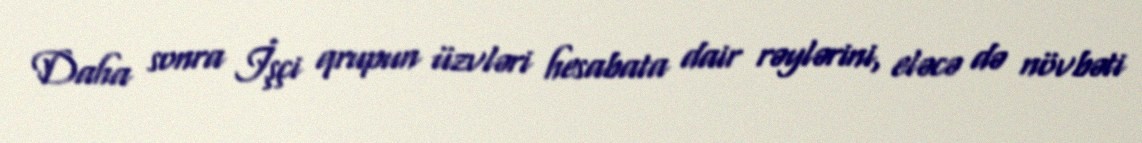
Daha sonra İşçi qrupun üzvləri hesabata dair rəylərini, eləcə də növbəti